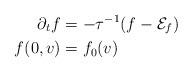
\begin{align*}\partial_tf &=-\tau^{-1}(f-\mathcal{E}_f)\\f(0,v)&=f_0(v)\end{align*}